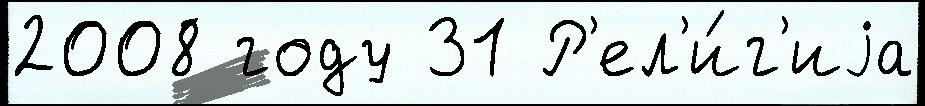
2008 году 31 Р'ел'и́г'иjа